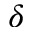
\delta